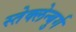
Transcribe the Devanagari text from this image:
स्तेक्लेन्बुर्ग